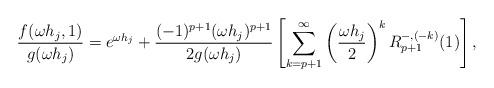
LaTeX: \begin{align*}\frac{f(\omega h_j,1)}{g(\omega h_j)} = e^{\omega h_j} + \frac{(-1)^{p+1} (\omega h_j)^{p+1}}{2g(\omega h_j)} \left[\sum_{k=p+1}^\infty \left(\frac{\omega h_j}{2}\right)^k R^{-,(-k)}_{p+1}(1) \right],\end{align*}